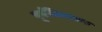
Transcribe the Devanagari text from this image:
पूर्वविधायक